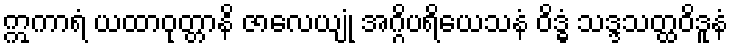
ဣကာရံ ယထာဝုတ္တာနိ ဇာလေယျုံ အဂ္ဂိပရိယေသနံ ဝိဒ္ဓံ သဒ္ဒသတ္ထဝိဒူနံ